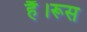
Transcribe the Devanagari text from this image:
हैं।रूस